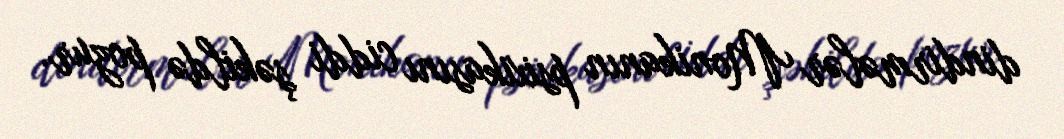
dindirmələr Monikanın psixikasını ciddi şəkildə pozur.